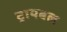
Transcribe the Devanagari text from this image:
ट्रायबल